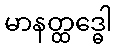
မာနတ္ထဒ္ဓေါ